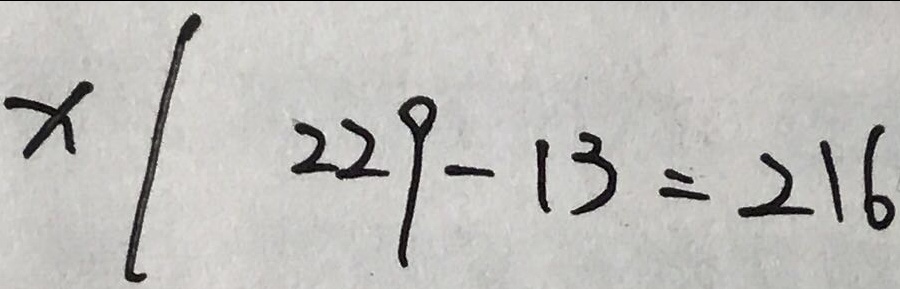
x \vert 2 2 9 - 1 3 = 2 1 6